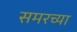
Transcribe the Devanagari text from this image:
समरच्या